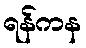
ရန်ကန